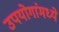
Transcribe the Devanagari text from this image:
उपयोगांमध्ये